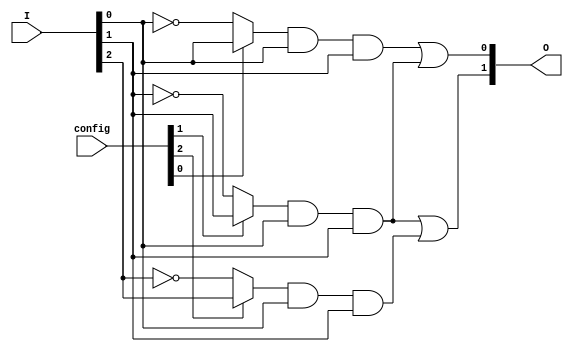
module JewelPAL (
    input [N-1:0] I,         // Input pins (e.g., I1, I2,..., In)
    input [M-1:0] config,    // Configuration for programmable AND gates
    output [P-1:0] O         // Output pins
);

// Parameters for the number of inputs, AND gates, and outputs
parameter N = 4;  // Number of inputs
parameter M = 3;  // Number of AND gates
parameter P = 2;  // Number of OR gates / Outputs

// Internal wire to connect AND gates to OR gates
wire [M-1:0] and_out;

// Programmable AND gates
genvar i;
generate
    for (i = 0; i < M; i = i + 1) begin : and_gates
        wire and_input;
        
        // Determine the inputs for each AND gate based on configuration
        assign and_input = (config[i] == 1'b1) ? I[i] : ~I[i]; // Configuring based on user setting
        assign and_out[i] = and_input & I[0] & I[1]; // Example: tying AND gates to I[0] and I[1]
    end
endgenerate

// Fixed OR gates (combining the outputs from AND gates)
assign O[0] = and_out[0] | and_out[1]; // Example: OR gate combining and_out[0] and and_out[1]
assign O[1] = and_out[1] | and_out[2]; // Example: OR gate combining and_out[1] and and_out[2]

// Additional OR gates and configurations can be added as required by the design.

endmodule